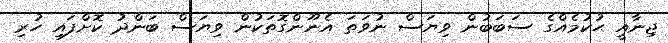
ޖިނާއީ ޙުކުމެއްގެ ސަބަބުން ވިޔަސް ނުވަތަ އެނޫންގޮތަކުން ވިޔަސް ބަންދު ކޮށްފައި ހުރި